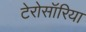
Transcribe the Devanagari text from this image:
टेरोसॉरिया